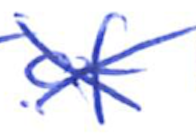
Text: of
Cross-out: cross
Writing tool: ballpoint